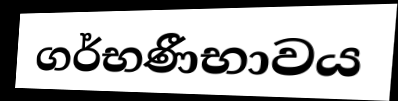
ගර්භණීභාවය